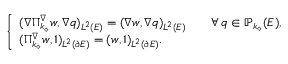
\left\{ \begin{array} { l l } { ( \nabla \Pi _ { k _ { \diamond } } ^ { \nabla } w , \nabla q ) _ { L ^ { 2 } ( E ) } = ( \nabla w , \nabla q ) _ { L ^ { 2 } ( E ) } \qquad \forall \, q \in \mathbb { P } _ { k _ { \diamond } } ( E ) , } \\ { ( \Pi _ { k _ { \diamond } } ^ { \nabla } w , 1 ) _ { L ^ { 2 } ( \partial E ) } = ( w , 1 ) _ { L ^ { 2 } ( \partial E ) } . } \end{array} \right.